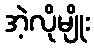
အဲ့လိုမျိုး